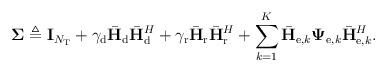
LaTeX: \begin{align*}\boldsymbol\Sigma &\triangleq {\bf I}_{N_{\rm T}} + \gamma_{\rm d}\bar{\bf H}_{\rm d}\bar{\bf H}_{\rm d}^H + \gamma_{\rm r}\bar{\bf H}_{\rm r}\bar{\bf H}_{\rm r}^H + \sum_{k=1}^K\bar{\bf H}_{{\rm e},k}{\boldsymbol\Psi}_{{\rm e},k}\bar{\bf H}^H_{{\rm e},k}.\end{align*}